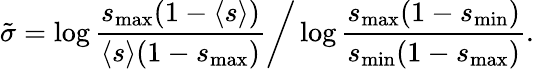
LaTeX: \tilde{\sigma}=\log\frac{s_{\operatorname*{max}}(1-\langle s\rangle)}{\langle s\rangle(1-s_{\operatorname*{max}})}\bigg/\log\frac{s_{\operatorname*{max}}(1-s_{\operatorname*{min}})}{s_{\operatorname*{min}}(1-s_{\operatorname*{max}})}.